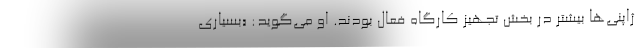
ژاپنی‌ها بیشتر در بخش تجهیز کارگاه فعال بودند. او می‌گوید: «بسیاری